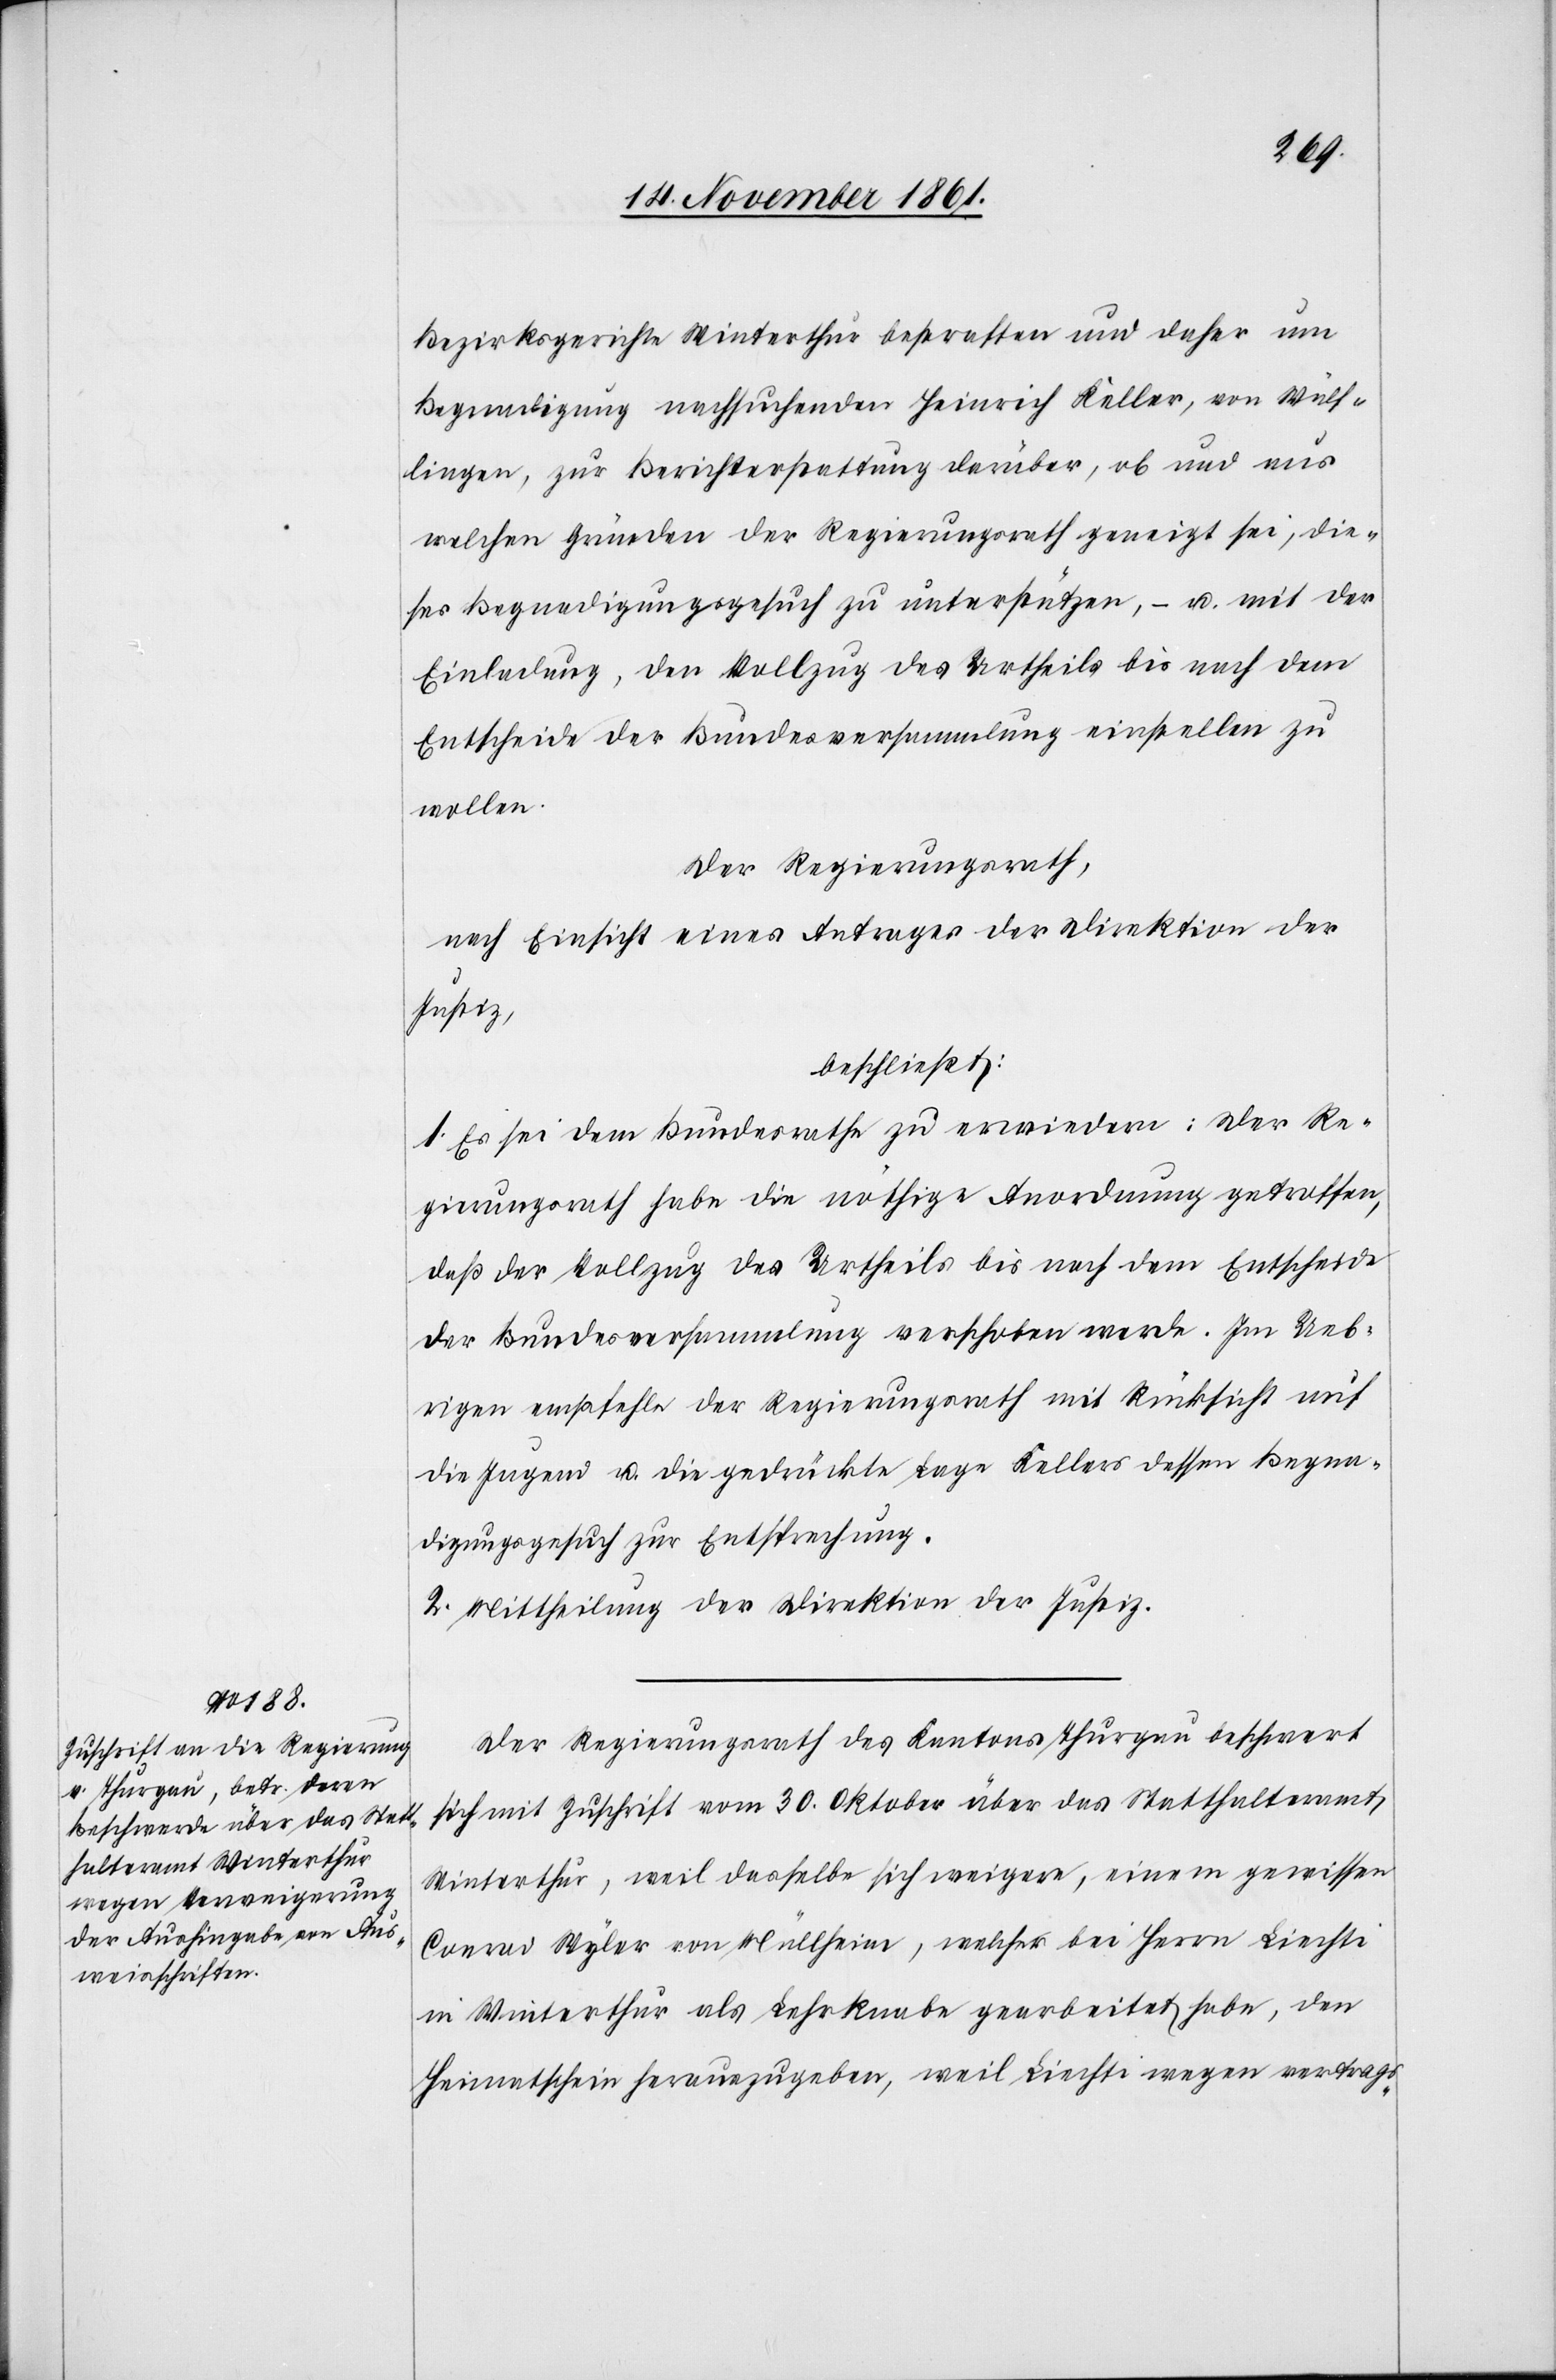
Bezirksgerichte Winterthur bestraften und daher um
Begnadigung nachsuchenden Heinrich Keller, von Wülf¬
lingen, zur Berichterstattung darüber, ob und aus
welchen Gründen der Regierungsrath geneigt sei, die¬
ses Begnadigungsgesuch zu unterstützen, – u. mit der
Einladung, den Vollzug des Urtheils bis nach dem
Entscheide der Bundesversammlung einstellen zu
wollen.
Der Regierungsrath,
nach Einsicht eines Antrages der Direktion der
Justiz,
beschließt:
1. Es sei dem Bundesrathe zu erwiedern: der Re¬
gierungsrath habe die nöthige Anordnung getroffen,
daß der Vollzug des Urtheils bis nach dem Entscheide
der Bundesversammlung verschoben werde. Im Ueb¬
rigen empfehle der Regierungsrath mit Rücksicht auf
die Jugend u. die gedrückte Lage Kellers dessen Begna¬
digungsgesuch zur Entsprechung.
2. Mittheilung der Direktion der Justiz.
Der Regierungsrath des Kantons Thurgau beschwert
sich mit Zuschrift vom 30 Oktober über das Statthalteramt
Winterthur, weil dasselbe sich weigere, einem gewissen
Conrad Wyler von Müllheim, welcher bei Herrn Liechti
in Winterthur als Lehrknabe gearbeitet habe, den
Heimatschein herauszugeben, weil Liechti wegen vertrags-